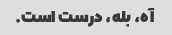
آه، بله، درست است.